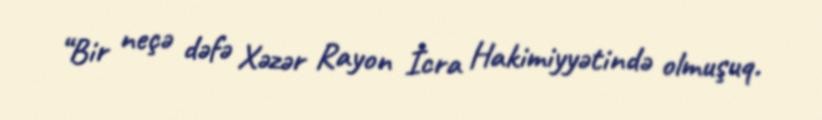
“Bir neçə dəfə Xəzər Rayon İcra Hakimiyyətində olmuşuq.